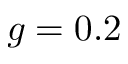
g = 0 . 2